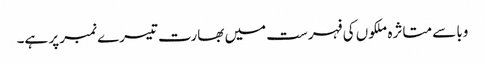
وبا سے متاثرہ ملکوں کی فہرست میں بھارت تیسرے نمبر پر ہے۔